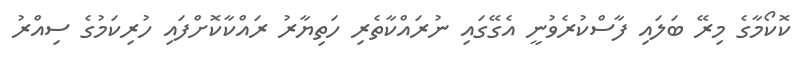
ކޮކޯމާގެ މިރޭ ބަލައި ފާސްކުރެވުނީ އެގޭގައި ނުރައްކާތެރި ހަތިޔާރު ރައްކާކޮށްފައި ހުރިކަމުގެ ސިއްރު